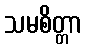
သမစိတ္တာ